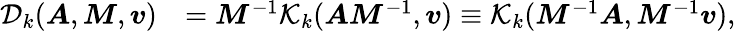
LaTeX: \begin{array}{rl}{\mathcal{D}_{k}(\boldsymbol{A},\boldsymbol{M},\boldsymbol{v})}&{=\boldsymbol{M}^{-1}\mathcal{K}_{k}(\boldsymbol{A}\boldsymbol{M}^{-1},\boldsymbol{v})\equiv\mathcal{K}_{k}(\boldsymbol{M}^{-1}\boldsymbol{A},\boldsymbol{M}^{-1}\boldsymbol{v}),}\end{array}